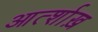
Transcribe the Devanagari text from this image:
आर्त्शाख़